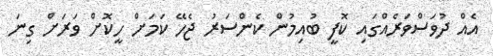
އެއް ދުވަސްވަރެއްގައި ކޮފީ ބުއިމުން ކެންސަރު ޖެހޭ ކަމަށް ހީކޮށް ވަރަށް ގިނަ